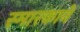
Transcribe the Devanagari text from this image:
स्मारकाने